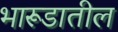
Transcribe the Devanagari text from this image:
भारूडातील